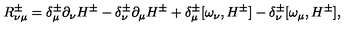
R _ { \nu \mu } ^ { \pm } = \delta _ { \mu } ^ { \pm } \partial _ { \nu } H ^ { \pm } - \delta _ { \nu } ^ { \pm } \partial _ { \mu } H ^ { \pm } + \delta _ { \mu } ^ { \pm } [ \omega _ { \nu } , H ^ { \pm } ] - \delta _ { \nu } ^ { \pm } [ \omega _ { \mu } , H ^ { \pm } ] ,